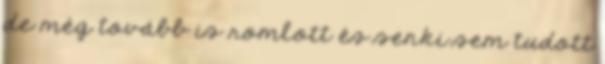
de még tovább is romlott és senki sem tudott